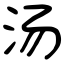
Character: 汤